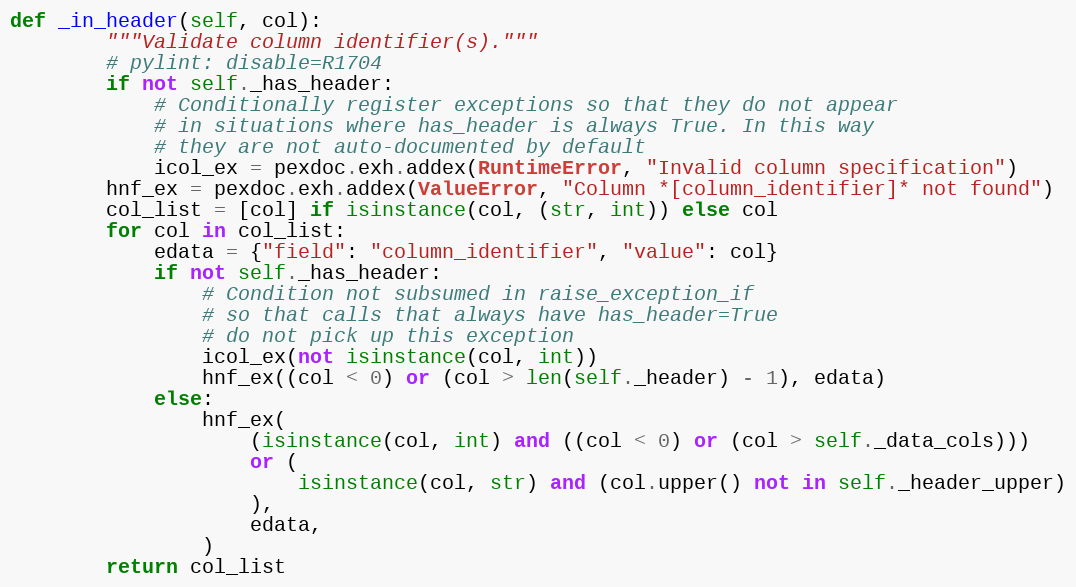
Language: Python
def _in_header(self, col):
        """Validate column identifier(s)."""
        # pylint: disable=R1704
        if not self._has_header:
            # Conditionally register exceptions so that they do not appear
            # in situations where has_header is always True. In this way
            # they are not auto-documented by default
            icol_ex = pexdoc.exh.addex(RuntimeError, "Invalid column specification")
        hnf_ex = pexdoc.exh.addex(ValueError, "Column *[column_identifier]* not found")
        col_list = [col] if isinstance(col, (str, int)) else col
        for col in col_list:
            edata = {"field": "column_identifier", "value": col}
            if not self._has_header:
                # Condition not subsumed in raise_exception_if
                # so that calls that always have has_header=True
                # do not pick up this exception
                icol_ex(not isinstance(col, int))
                hnf_ex((col < 0) or (col > len(self._header) - 1), edata)
            else:
                hnf_ex(
                    (isinstance(col, int) and ((col < 0) or (col > self._data_cols)))
                    or (
                        isinstance(col, str) and (col.upper() not in self._header_upper)
                    ),
                    edata,
                )
        return col_list